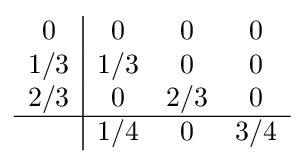
{\begin{array}{c|ccc}0&0&0&0\\1/3&1/3&0&0\\2/3&0&2/3&0\\\hline &1/4&0&3/4\\\end{array}}